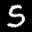
Label: 5